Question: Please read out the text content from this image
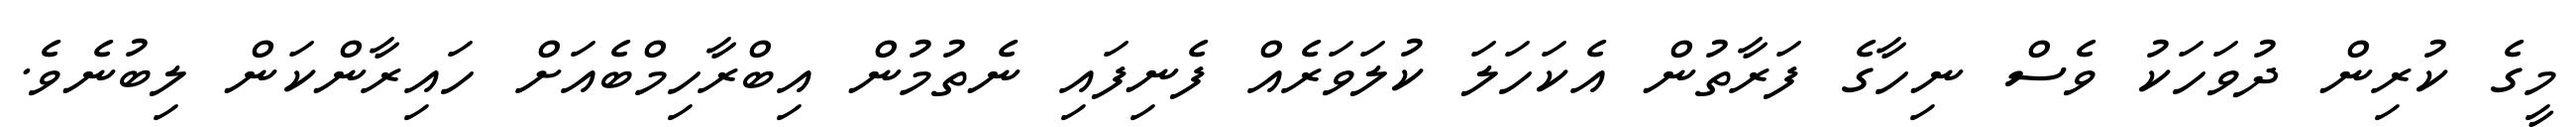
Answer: މީގެ ކުރިން ދުވަހަކު ވެސް ނިހާގެ ފަރާތުން އެކަހަލަ ކުލަވަރެއް ފެނިފައި ނެތުމުން އިބްރާހިމްބެއަށް ހައިރާންކަން ލިބުނެވެ.